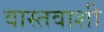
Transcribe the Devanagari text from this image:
वास्तवाशी